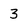
Character: 3